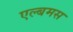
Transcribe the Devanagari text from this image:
एल्बमस